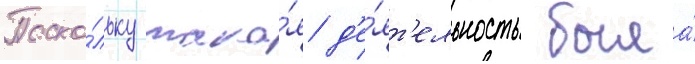
Поско́льку така́я д'е́ят'ельность была́